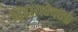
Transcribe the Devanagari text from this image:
रिडायरेक्टर